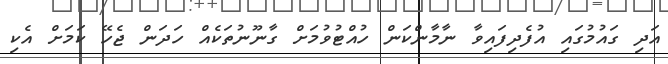
އަދި ގައުމުގައި އުފެދިފައިވާ ނާމާންކަން ހުއްޓުވުމަށް ގާނޫނުތަކެއް ހަދަން ޖެހޭ ކަމަށް އެކި